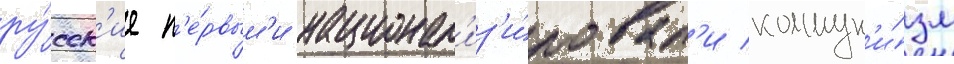
ру́сск'ие п'е́рвым'и национал'из'и́ровал'и коммун'и́зм